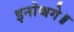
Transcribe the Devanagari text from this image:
इनोश्चगे॥